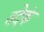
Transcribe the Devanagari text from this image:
तदेकं